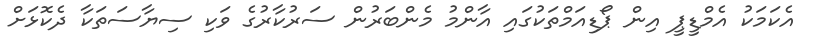
އެކަމަކު އެމްޑީޕީ އިން ޕޯޑިއަމްތަކުގައި އާންމު މެންބަރުން ސަރުކާރުގެ ވަކި ސިޔާސަތަކާ ދެކޮޅަށް